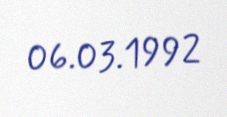
06.03.1992